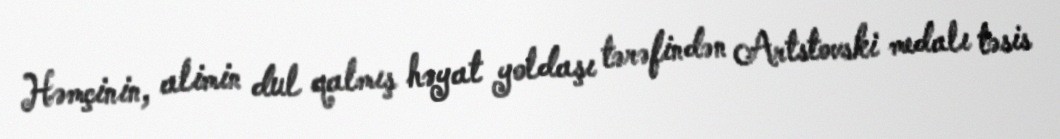
Həmçinin, alimin dul qalmış həyat yoldaşı tərəfindən Artstovski medalı təsis